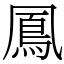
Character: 鳳